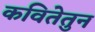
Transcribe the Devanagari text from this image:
कवितेतुन